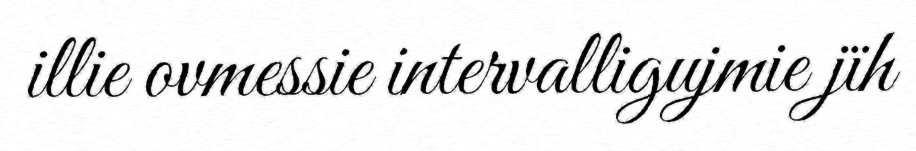
illie ovmessie intervalligujmie jïh